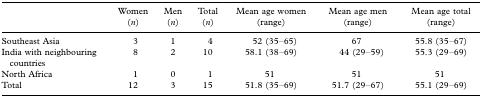
<table><thead><tr><td></td><td><b>Women (<i>n</i>)</b></td><td><b>Men (<i>n</i>)</b></td><td><b>Total (<i>n</i>)</b></td><td><b>Mean age women (range)</b></td><td><b>Mean age men (range)</b></td><td><b>Mean age total (range)</b></td></tr></thead><tbody><tr><td>Southeast Asia</td><td>3</td><td>1</td><td>4</td><td>52 (35–65)</td><td>67</td><td>55.8 (35–67)</td></tr><tr><td>India with neighbouring countries</td><td>8</td><td>2</td><td>10</td><td>58.1 (38–69)</td><td>44 (29–59)</td><td>55.3 (29–69)</td></tr><tr><td>North Africa</td><td>1</td><td>0</td><td>1</td><td>51</td><td>51</td><td>51</td></tr><tr><td>Total</td><td>12</td><td>3</td><td>15</td><td>51.8 (35–69)</td><td>51.7 (29–67)</td><td>55.1 (29–69)</td></tr></tbody></table>